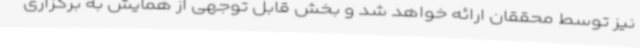
نیز توسط محققان ارائه خواهد شد و بخش قابل توجهی از همایش به برگزاری